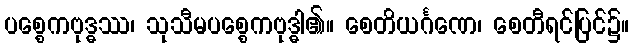
ပစ္စေကဗုဒ္ဓဿ၊ သုသီမပစ္စေကဗုဒ္ဓါ၏။ စေတိယင်္ဂဏေ၊ စေတီရင်ပြင်၌။